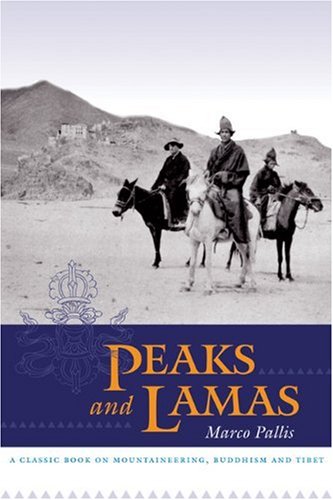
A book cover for Peaks and Lamas: A Classic Book on Mountaineering, Buddhism and Tibet; Marco Pallis; Travel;